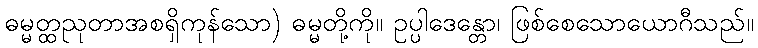
ဓမ္မတ္ထညုတာအစရှိကုန်သော) ဓမ္မတို့ကို။ ဥပ္ပါဒေန္တော၊ ဖြစ်စေသောယောဂီသည်။